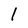
Character: l